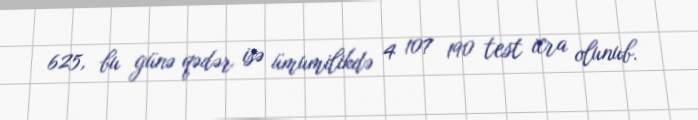
625, bu günə qədər isə ümumilikdə 4 107 190 test icra olunub.